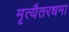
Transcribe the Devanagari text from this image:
मृत्यैतरधमा